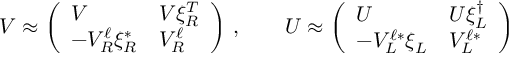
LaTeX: { \cal V } \approx \left( \begin{array} { l l } { { V } } & { { V \xi _ { R } ^ { T } } } \\ { { - V _ { R } ^ { \ell } \xi _ { R } ^ { * } } } & { { V _ { R } ^ { \ell } } } \end{array} \right) \, , \qquad { \cal U } \approx \left( \begin{array} { l l } { { U } } & { { U \xi _ { L } ^ { \dagger } } } \\ { { - V _ { L } ^ { { \ell } * } \xi _ { L } } } & { { V _ { L } ^ { { \ell } * } } } \end{array} \right)